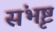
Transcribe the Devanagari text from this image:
संभृष्टं